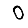
Digit: 0